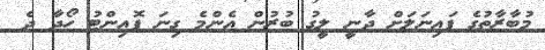
މުބާރާތުގެ ފައިނަލަށް ދާނީ ލީގު ބުރުން އެންމެ ގިނަ ޕޮއިންޓު ހޯދާ ދެ